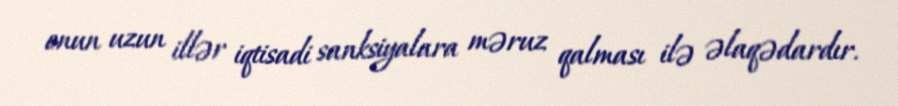
onun uzun illər iqtisadi sanksiyalara məruz qalması ilə əlaqədardır.